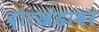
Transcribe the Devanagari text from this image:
दोरखंडावर